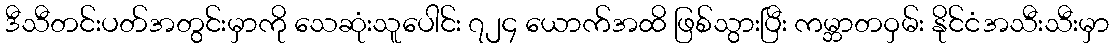
ဒီသီတင်းပတ်အတွင်းမှာကို သေဆုံးသူပေါင်း ၇၂၄ ယောက်အထိ ဖြစ်သွားပြီး ကမ္ဘာတဝှမ်း နိုင်ငံအသီးသီးမှာ